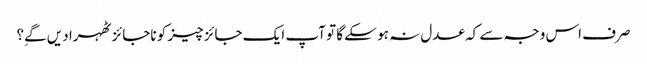
صرف اس وجہ سے کہ عدل نہ ہو سکے گا تو آپ ایک جائز چیز کو ناجائز ٹھہرا دیں گےِ؟